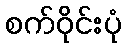
စက်ဝိုင်းပုံ